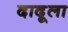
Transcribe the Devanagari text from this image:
दादूला